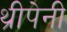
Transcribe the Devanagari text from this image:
थ्रीपेनी